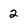
Character: 2